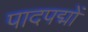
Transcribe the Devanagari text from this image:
पादपद्मों